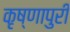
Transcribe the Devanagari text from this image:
कृष्णापुरी